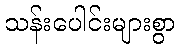
သန်းပေါင်းများစွာ